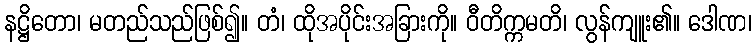
နဋ္ဌိတော၊ မတည်သည်ဖြစ်၍။ တံ၊ ထိုအပိုင်းအခြားကို။ ဝီတိက္ကမတိ၊ လွန်ကျူး၏။ ဒေါဏ၊